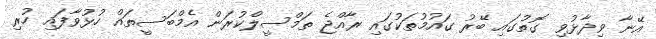
އޭނާ ވިދާޅުވި ގޮތުގައި ބޭރު ގައުމުތަކުގައި ރާއްޖެ ތަމްސީލްކުރަން އެމްބަސީތައް ހުޅުވާފައި ހުރި